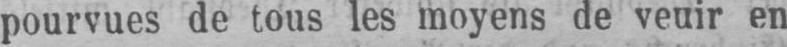
pourvues de tous les moyens de veuir en